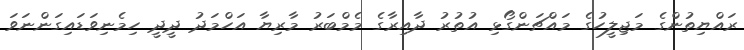
ރައްޔިތުންގެ މަޖިލީހުގެ މައްޗަންގޯޅި އުތުރު ދާއިރާގެ މެމްބަރު މާރިޔާ އަހްމަދު ދީދީ ހިމެނިވަޑައިގަންނަވަ